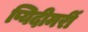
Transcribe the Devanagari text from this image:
प्यिदीमर्री